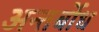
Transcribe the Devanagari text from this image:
अन्तर्बोध